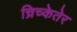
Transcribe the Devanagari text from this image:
च्रिच्केतेर